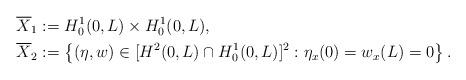
LaTeX: \begin{align*}\overline{X}_1 &:= H_0^1(0,L)\times H^1_0(0,L), \\\overline{X}_2 &:= \left\lbrace (\eta,w)\in [H ^2(0,L)\cap H^1_0(0,L) ]^2: \eta_x(0)=w_x(L)=0\right\rbrace.\end{align*}